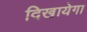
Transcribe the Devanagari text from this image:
दिखायेगा